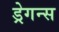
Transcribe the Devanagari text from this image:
ड्रेगन्स